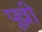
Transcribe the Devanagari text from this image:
पूव्री